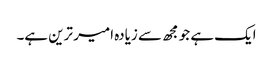
ایک ہے جو مجھ سے زیادہ امیر ترین ہے۔